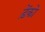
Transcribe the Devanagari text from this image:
ड़ेंको